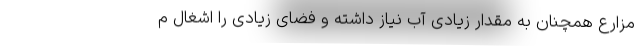
مزارع همچنان به مقدار زیادی آب نیاز داشته و فضای زیادی را اشغال م